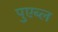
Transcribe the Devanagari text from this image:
पुएब्ल